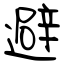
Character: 避